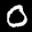
Label: 0